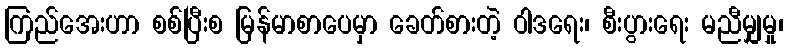
ကြည်အေးဟာ စစ်ပြီးစ မြန်မာစာပေမှာ ခေတ်စားတဲ့ ဝါဒရေး၊ စီးပွားရေး မညီမျှမှု၊